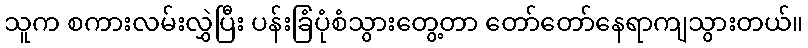
သူက စကားလမ်းလွှဲပြီး ပန်းခြံပုံစံသွားတွေ့တာ တော်တော်နေရာကျသွားတယ်။